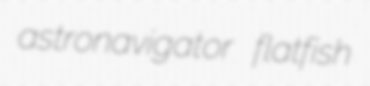
astronavigator flatfish